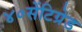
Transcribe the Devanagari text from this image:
४०सेंटिग्रेड